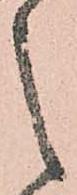
之